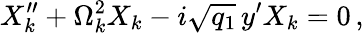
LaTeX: X_{k}^{\prime\prime}+\Omega_{k}^{2}X_{k}-i\sqrt{q_{1}}\, y^{\prime}X_{k}=0\, ,